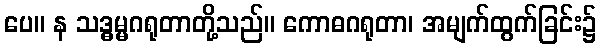
ပေ။ န သဒ္ဓမ္မဂရုတာတို့သည်။ ကောဓဂရုတာ၊ အမျက်ထွက်ခြင်း၌